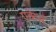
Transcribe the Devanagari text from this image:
एकेन